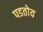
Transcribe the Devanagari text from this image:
पडतोय